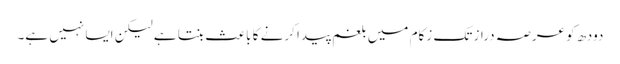
دودھ کو عرصہ دراز تک زکام میں بلغم پیدا کرنے کا باعث بنتا ہے لیکن ایسا نہیں ہے۔